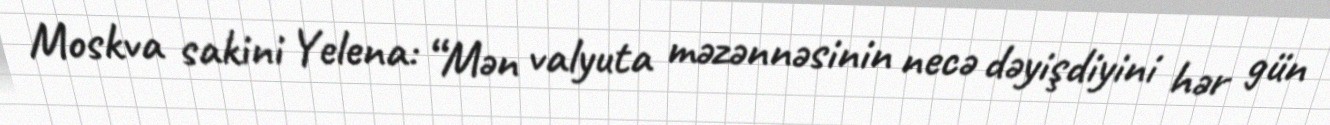
Moskva sakini Yelena: “Mən valyuta məzənnəsinin necə dəyişdiyini hər gün